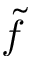
\tilde { f }